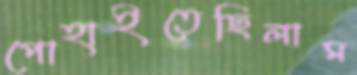
পোহাইতেছিলাম